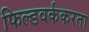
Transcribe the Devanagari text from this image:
फिल्डवर्ककरता